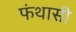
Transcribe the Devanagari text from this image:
फंथासी